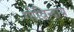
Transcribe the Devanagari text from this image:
गोविन्दाय